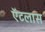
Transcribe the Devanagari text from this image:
ऍटलास